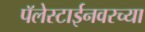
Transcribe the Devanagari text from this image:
पॅलेस्टाईनवरच्या